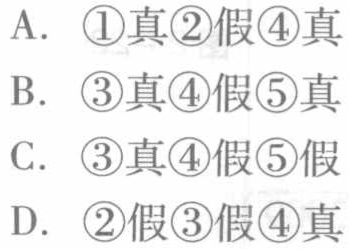
A. \textcircled{1}真\textcircled{2}假\textcircled{4}真
B. \textcircled{3}真\textcircled{4}假\textcircled{5}真
C. \textcircled{3}真\textcircled{4}假\textcircled{5}假
D. \textcircled{2}假\textcircled{3}假\textcircled{4}真